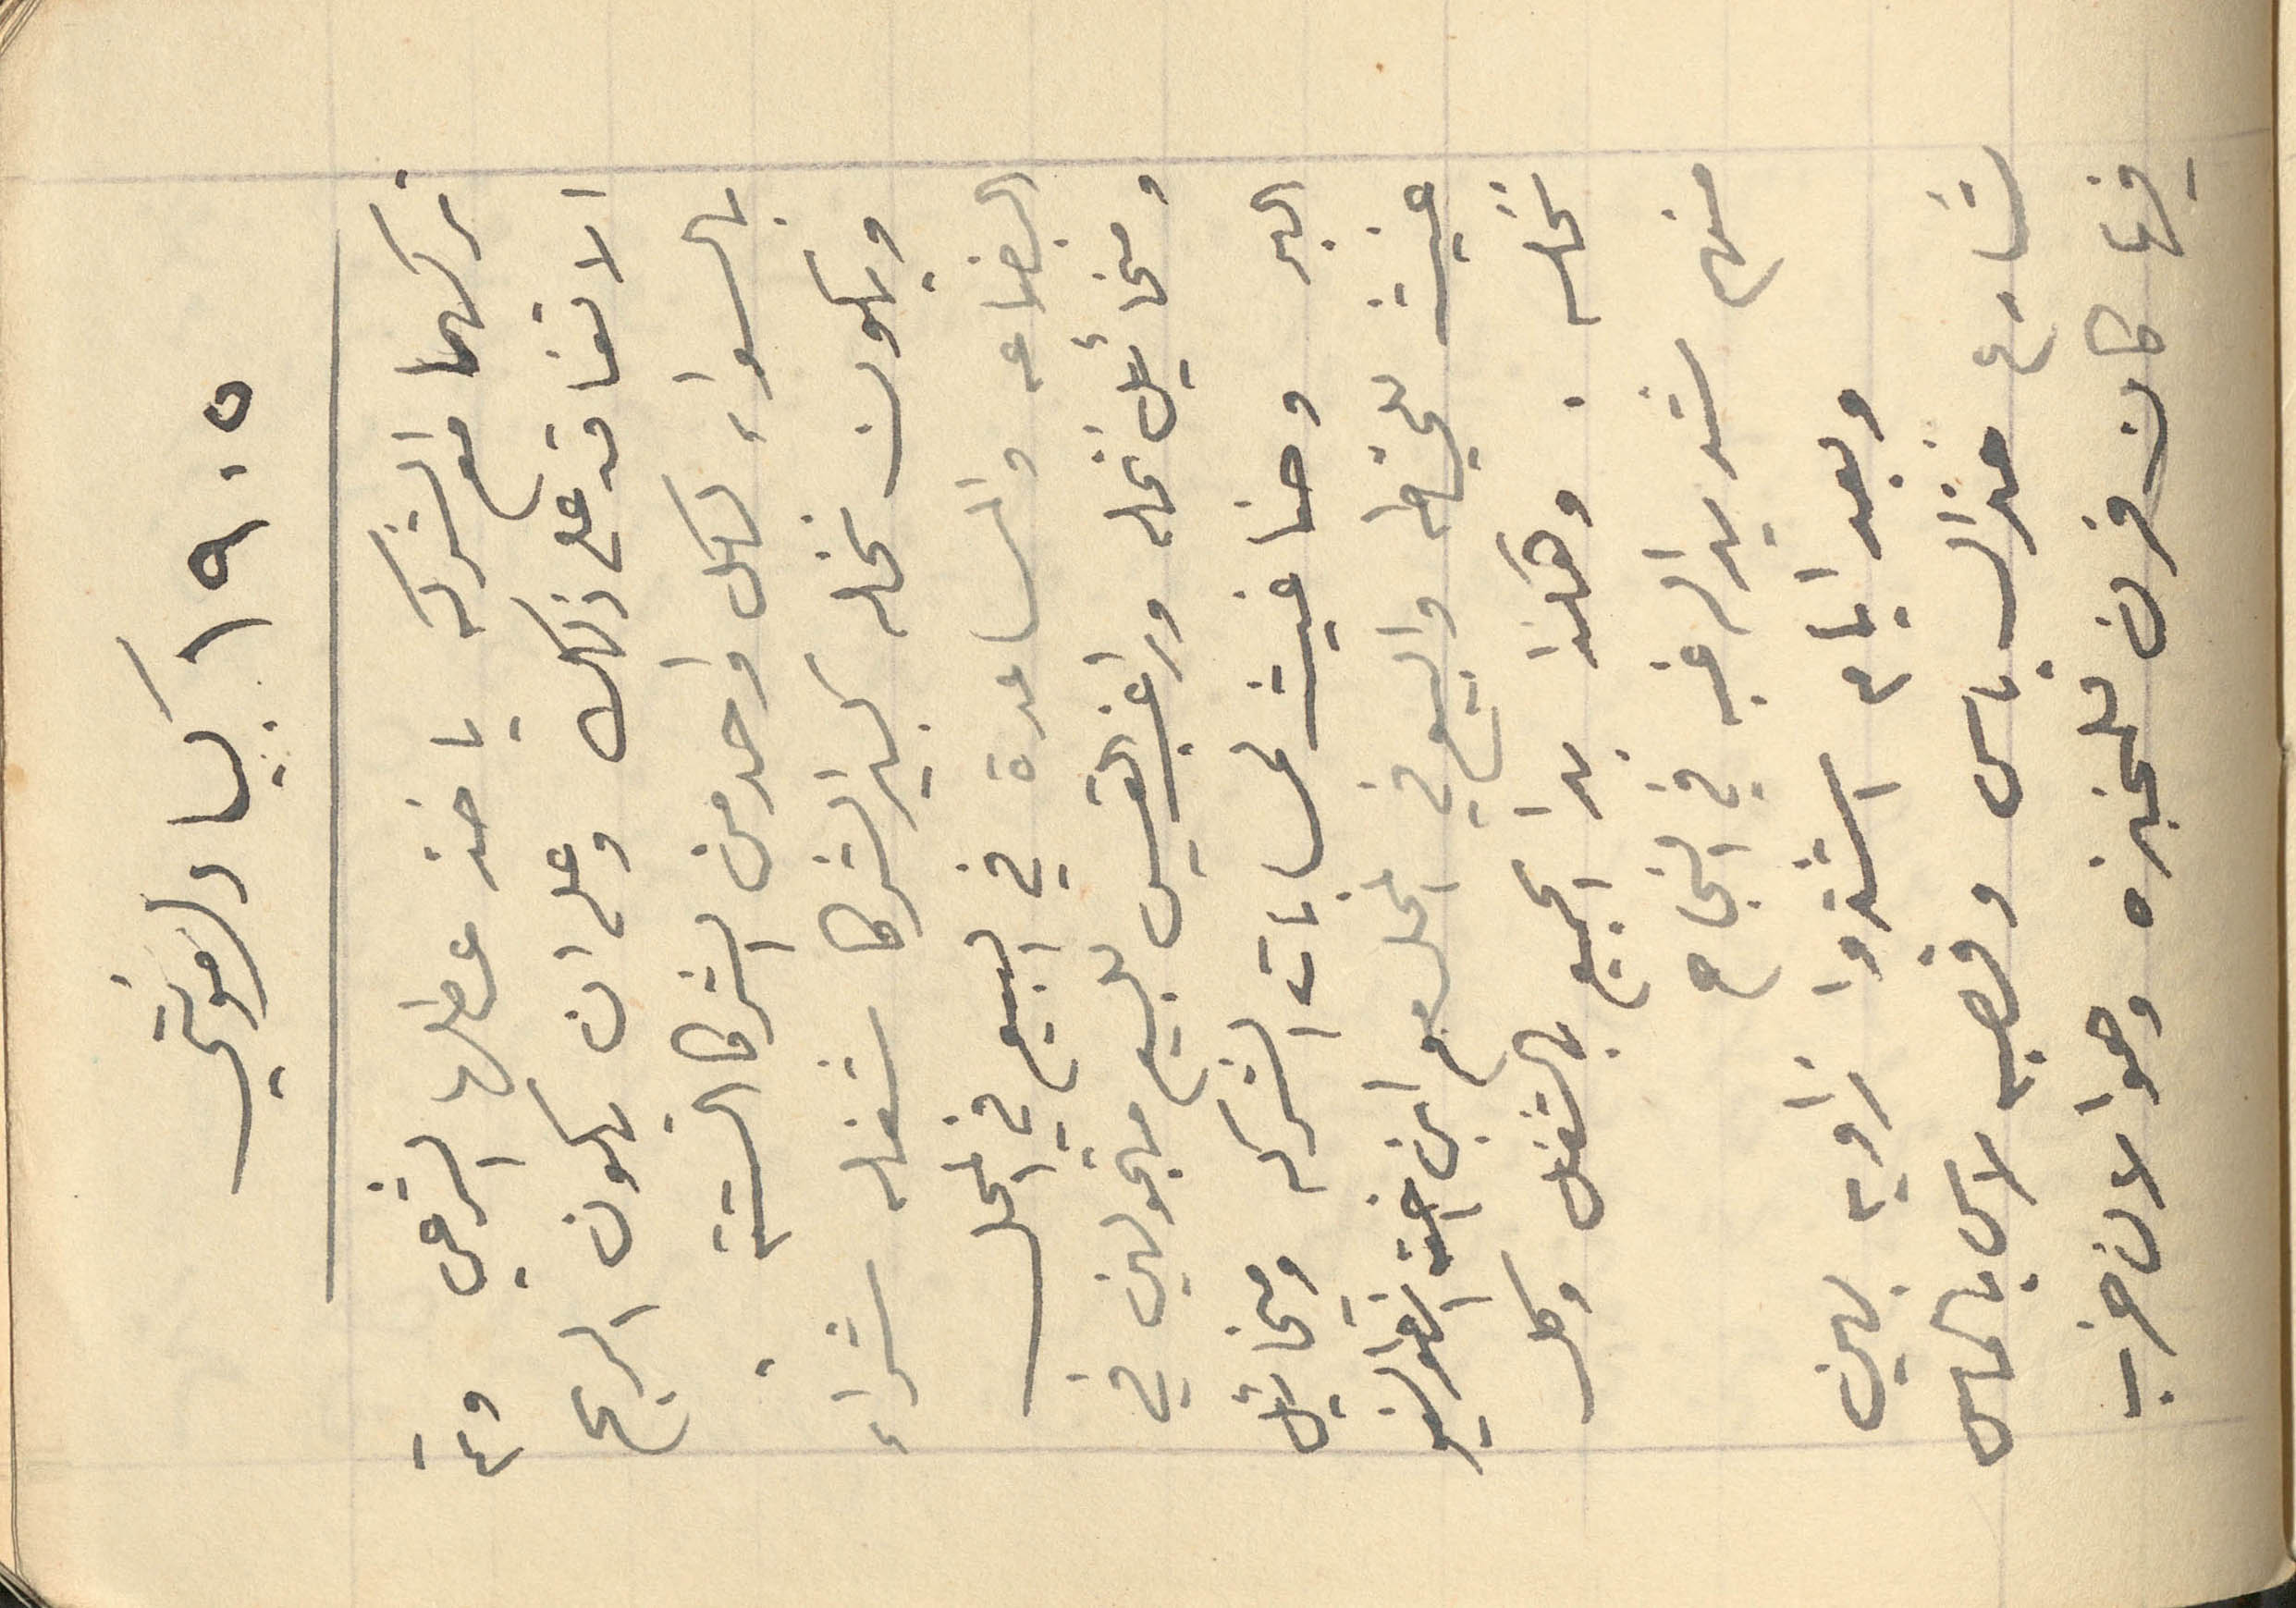
١۹٠٥ كبيا دلمونتي
تركهما مع الشركه يأخذ عطلها الشرعي وتم
الاتفاق على ذلك وعلى ان يكون الربح
بالسواء لكل واحد من الشركا الستة.
ويكون نخله كبير الشركا شغله شراء
البضاعه والمساعدة في البيع في المحل
ومخئيل نخله وراغب القيس للبيع متجولين في
البر وحنا غيث لحسابات الشركه ومخائيل
غيث للخياطه والبيع في المحل مع ابن اخته انونيو
نخله. وهكذا بدا الجميع بالشغل وكل
منهم شديد الرغبه في النجاح
وبعد أيام اشتروا زاويه بهين
شارع جنرال باس وقصبه لاس بالماس
فيها كان فرن للخبزه وهو الآن خرب